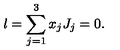
l = \sum _ { j = 1 } ^ { 3 } x _ { j } J _ { j } = 0 .